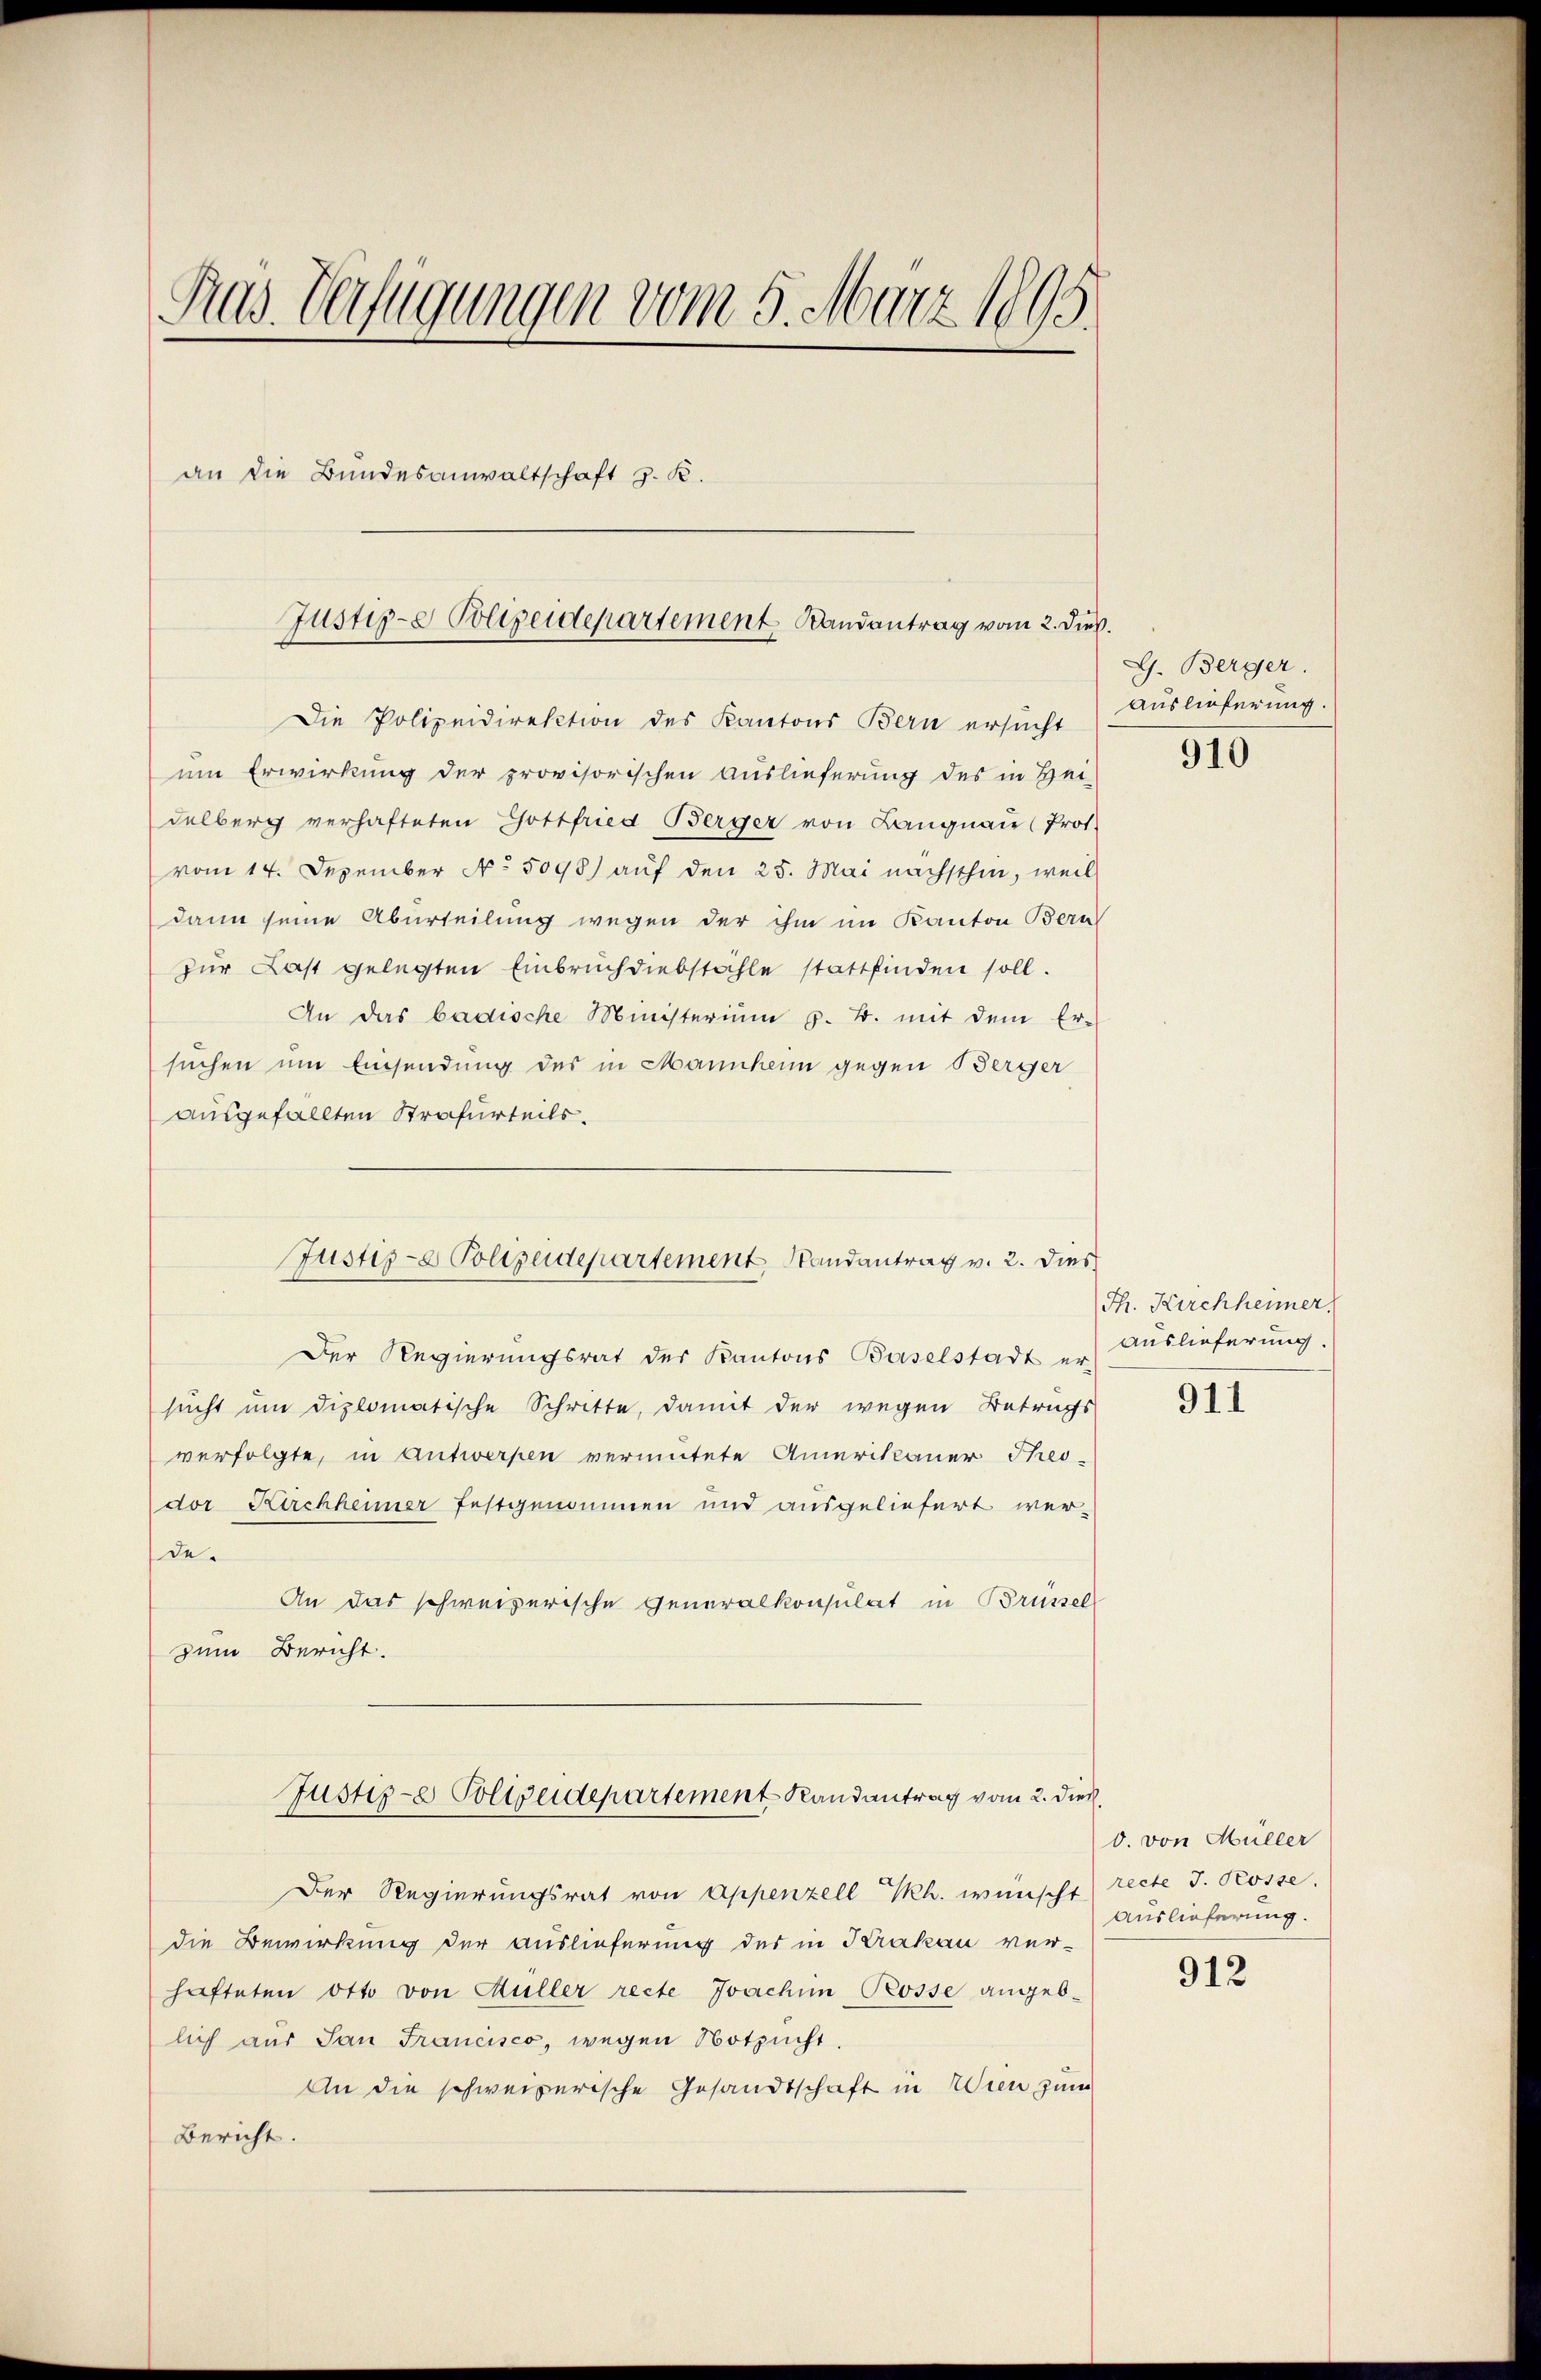
Pus. Verfügungen vom 5. März 1895.
an die Bundesanwaltschaft z. R.
Justiz- & Polizeidepartement Landantrag vom 2. dieß.

Justiz- & Polizeidepartement Randantrag v. 2. Dies

Die Polizeidirektion des Kantons Bern ersucht
um Erwirkung der provisorischen Auslieferung des in Hei-
delberg verhafteten Gottfried Berger von Langnau (Prot.
vom 14. Dezember No 5098) auf den 25. Mai nächsthin, weil
dann seine Aburteilung wegen der ihm im Kanton Bern
zur Last gelegten Einbruch diebstahle stattfinden soll.
An das badische Ministerium 5. B. mit dem Er-
suchen um Einsendung des in Mannheim gegen Berger
ausgefällten Strafurteils.
Der Regierungsrat des Kantons Baselstadt er-
sucht um diplomatische Schritte, damit der wegen Betrags
verfolgte, in Antwerpen vermutete Amerikaner Theo-
dor Kirchheimer festgenommen und ausgeliefert wer-
de.
An das schweizerische Generalkonsulat in Brüssel
zum Bericht.
Justiz- & Poltreidepartement Randantrag vom 2. Dies
Der Regierungsrat von Appenzell h. wünscht recte J. Rosse.
die Bewirkung der Auslieferung des in Krakau ver-
hafteten Otto von Müller recte Joachim Rosse angeblich aus San Francisco, wegen Notzucht.
An die schweizerische Gesandtschaft in Wien zum
Bericht.

G. Berger.
Auslieferung.

910

Th. Kirchheimer
Auslieferung.

911

d. von Müller
Auslieferung.

912